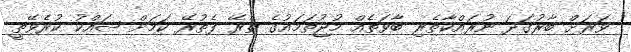
ވަރަށް ބާރުގަދަ ނުރައްކާތެރި ބާވަތެއް މުޖުތަމައުގެ ތެރޭ ފެތުރޭ ކަމަށް ޝައްކު ކުރެވޭތީ